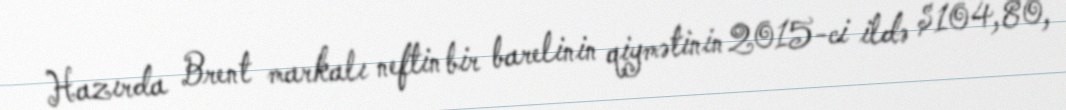
Hazırda Brent markalı neftin bir barelinin qiymətinin 2015-ci ildə $104,80,